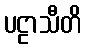
ပဠာသီတိ